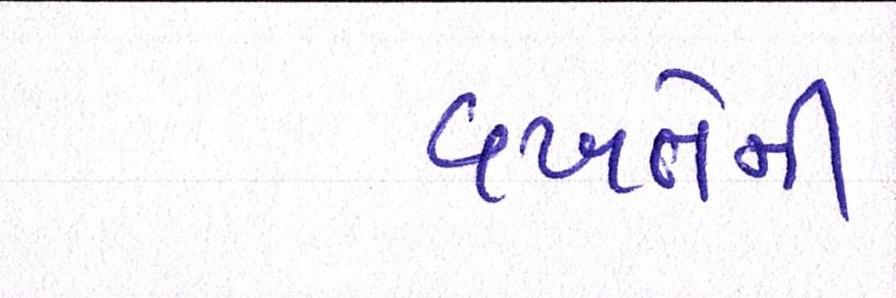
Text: વખતેની